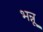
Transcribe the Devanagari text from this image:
भन्नू